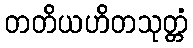
တတိယဟိတသုတ္တံ